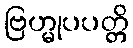
ဗြဟ္မုပပတ္တိ